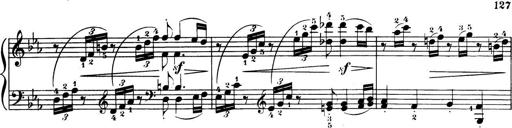
Title: 32 Sonatinas and Rondos for the Piano
Composer: Richard Kleinmichel